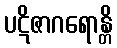
ပဋိဇာဂရောန္တိ